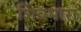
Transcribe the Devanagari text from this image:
शिवमारा